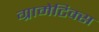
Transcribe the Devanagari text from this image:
ग्रामेटिक्स